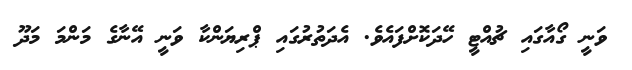
ވަނީ ގޯއާގައި ޗުއްޓީ ހޭދަކޮށްފައެވެ. އެދަތުރުގައި ޕްރިޔަންކާ ވަނީ އޭނާގެ މަންމަ މަދޫ